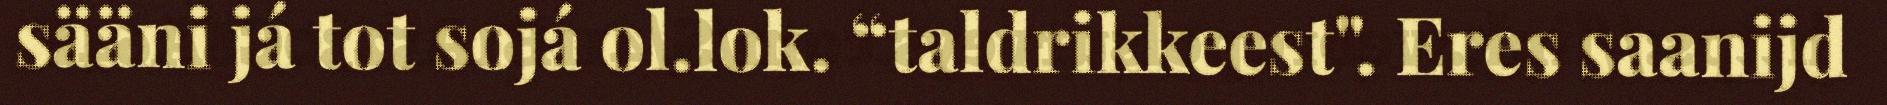
sääni já tot sojá ol.lok. “taldrikkeest". Eres saanijd